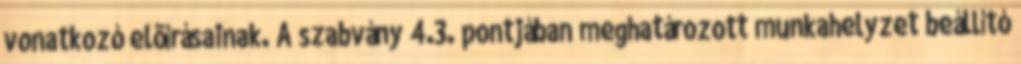
vonatkozó elõírásainak. A szabvány 4.3. pontjában meghatározott munkahelyzet beállító